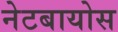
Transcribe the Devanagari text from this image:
नेटबायोस